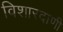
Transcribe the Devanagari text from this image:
विशारदाणी